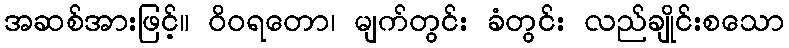
အဆစ်အားဖြင့်။ ဝိဝရတော၊ မျက်တွင်း ခံတွင်း လည်ချိုင်းစသော